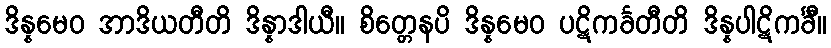
ဒိန္နမေဝ အာဒိယတီတိ ဒိန္နာဒါယီ။ စိတ္တေနပိ ဒိန္နမေဝ ပဋိကင်္ခတီတိ ဒိန္နပါဋိကင်္ခီ။